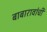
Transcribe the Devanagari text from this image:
बाबारावांची